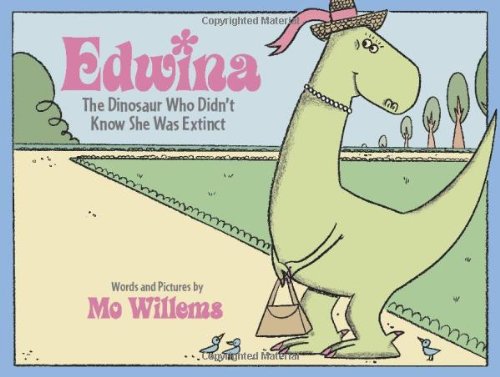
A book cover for Edwina, The Dinosaur Who Didn't Know She Was Extinct; Mo Willems; Children's Books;